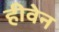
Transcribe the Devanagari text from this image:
हीवेन